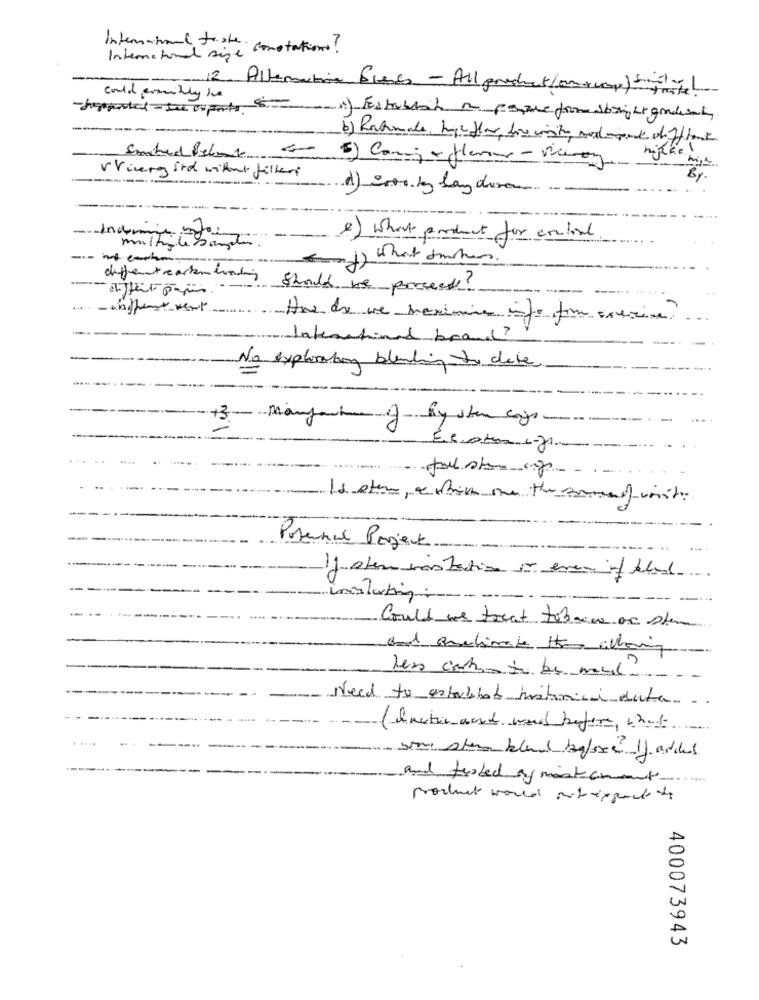
International foster constations!
International size a
12. Allamatina Bles - All productconocop) siste!
could promituly Ive
b) Rahmade huge flere five wish sedmad sifflent
Somhed Selet &
5) Conge fleur - vierog
Vring ird without filleri
-------..
2) What product for contoal
multiple compter
-- - carim
(raj) what smiler
-affect paris
differtreatmenting should we porcest?
...
- whiffent went
Hne de ve serimine info form exercise ?..
-
lakematinal brand?
---
No exploration blanding to date.
-------
+3. Manyale of By sten cy
Prennul Project
If stem vastation or even if thed
-
Could we treat tobacco or stem
and onclimate the athing
---
Need to entalbot historical data ..
(dretin and word before, that
. ....
and tested by mist comment
product world outexpect to
400073943